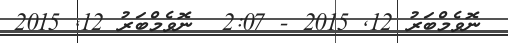
ނޮވެމްބަރު 12